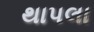
થાપલા